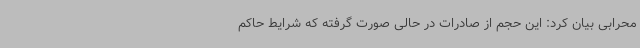
محرابی بیان کرد: این حجم از صادرات در حالی صورت گرفته که شرایط حاکم